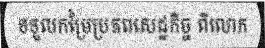
ទទួលកម្រៃប្រភពសេដ្ឋកិច្ច ពីលោក